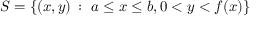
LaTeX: S = \left\{ ( x , y ) \, : \ a \leq x \leq b , 0 < y < f ( x ) \right\}